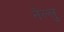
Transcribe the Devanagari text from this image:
नेल्लु